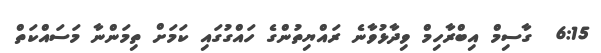
6:15  ގާސިމް އިބްރާހިމް ވިދާޅުވާނެ ރައްޔިތުންގެ ހައްގުގައި ކަމަށް ތިމަންނާ މަސައްކަތް